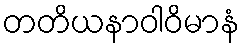
တတိယနာဝါဝိမာနံ